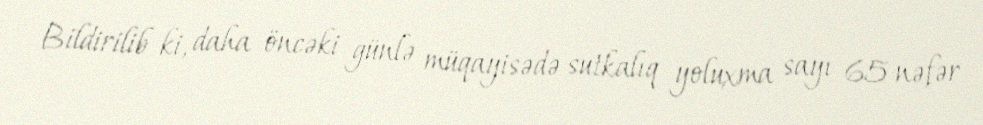
Bildirilib ki, daha öncəki günlə müqayisədə sutkalıq yoluxma sayı 65 nəfər